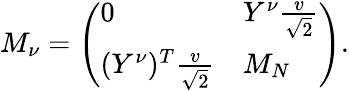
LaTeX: M_{\nu}=\left(\begin{array}{ll}{{0}}&{{Y^{\nu}{\frac{v}{\sqrt 2}}}}\\ {{(Y^{\nu})^{T}{\frac{v}{\sqrt 2}}}}&{{M_{N}}}\end{array}\right).